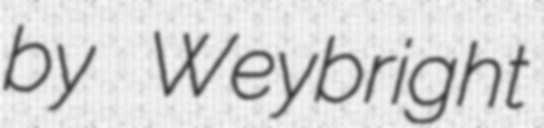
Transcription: by Weybright